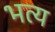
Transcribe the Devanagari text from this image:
भत्य